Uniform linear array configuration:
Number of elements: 12
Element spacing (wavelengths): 1
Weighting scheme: kaiser
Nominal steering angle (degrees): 45
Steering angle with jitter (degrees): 43.798
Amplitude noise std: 0.05
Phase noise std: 0.05

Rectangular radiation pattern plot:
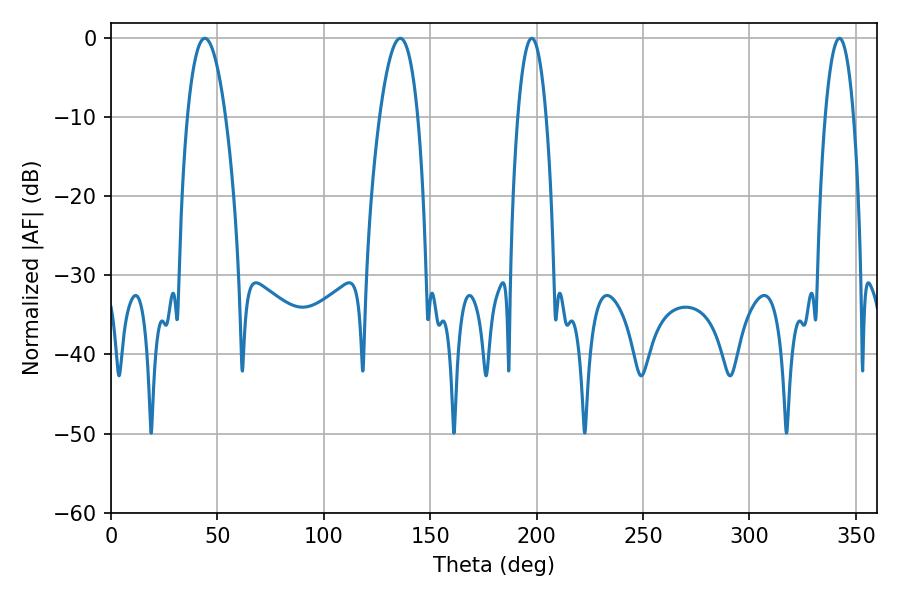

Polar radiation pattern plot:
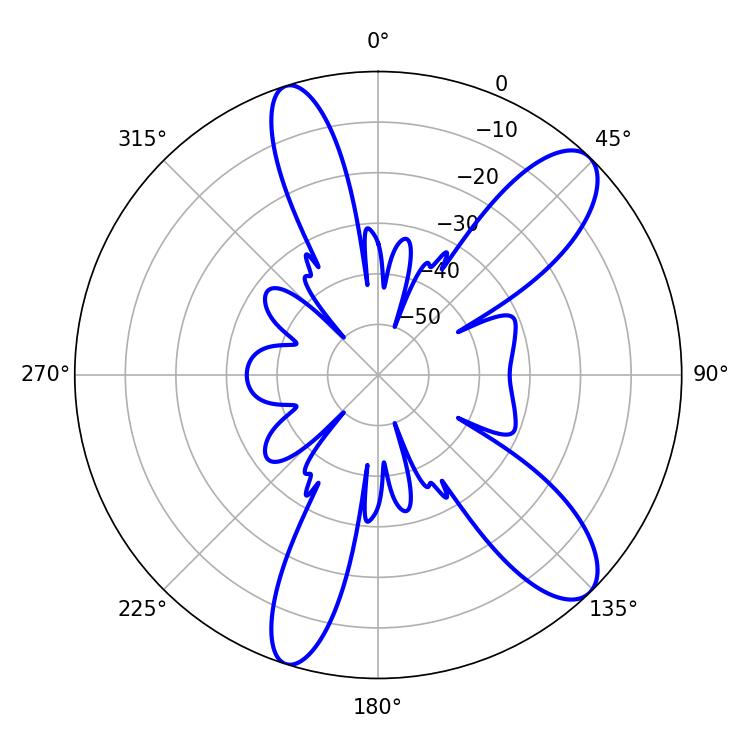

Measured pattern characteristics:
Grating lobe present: TRUE
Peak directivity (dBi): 10.575
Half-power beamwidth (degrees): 9.9
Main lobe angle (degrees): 44.1